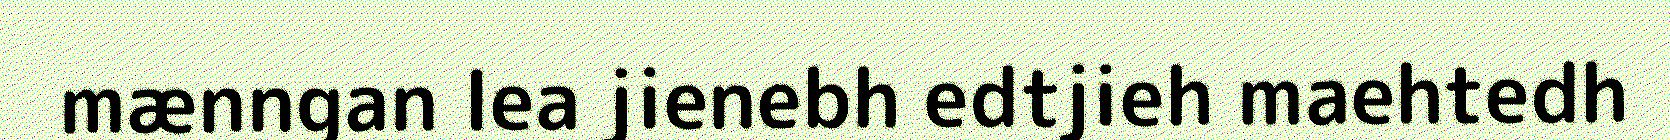
mænngan lea jienebh edtjieh maehtedh